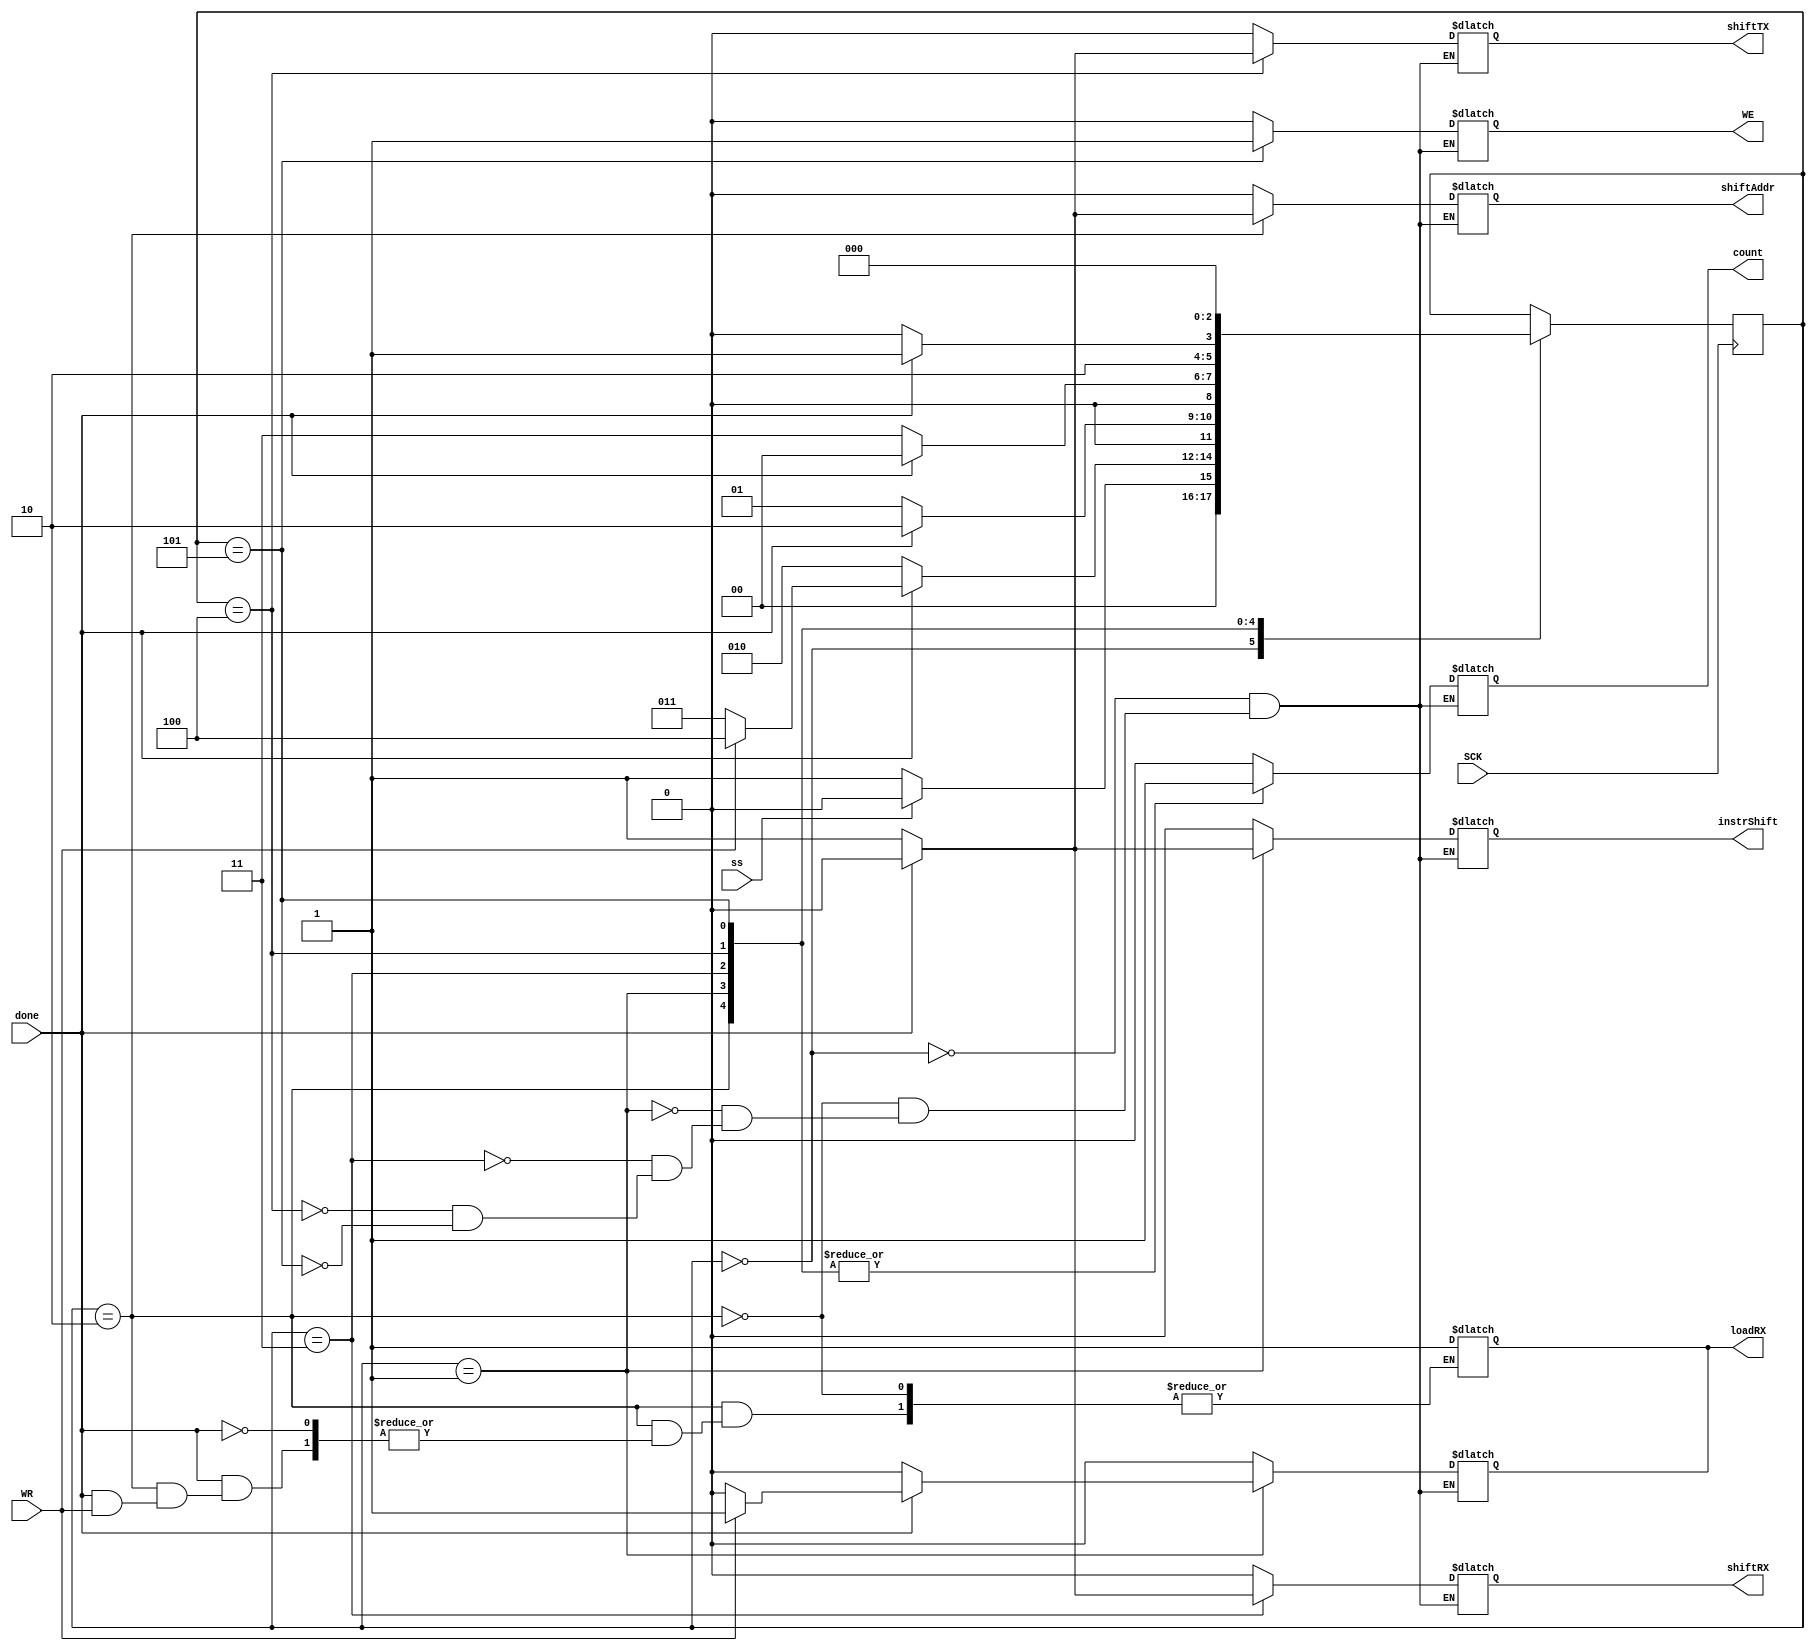
module control_unit(count, WE, shiftRX, shiftAddr, shiftTX, loadRX, WR, SCK, ss, done, instrShift);
    output reg count, WE, shiftRX, shiftAddr, shiftTX, loadRX, instrShift;
    input WR, SCK, ss, done;
    
    reg [2:0] ns, cs;
    
    localparam IDLE = 3'b0,
    ADDR = 3'b010,
    INSTR = 3'b001,
    READ = 3'b011,
    WRITE = 3'b100,
    WAIT = 3'b101;
    
    initial begin
        cs = IDLE;
    end
    
    always @(posedge SCK) begin
        cs <= ns;
    end
    
    always @(ss, cs, done) begin
        case(cs)
            IDLE: begin
                if(!ss) ns <= INSTR;
                else ns <= IDLE;
            end
            ADDR: begin
                if(done)begin 
                    if(WR) ns <= WRITE;
                    else begin ns <= READ; loadRX = 1; end
                end else ns <= ADDR;
            end
            INSTR: begin
                if(done) begin
                    ns <= ADDR;
                end else ns <= INSTR;
            end
            READ: begin
                if(done) ns <= IDLE;
                else ns <= READ;
            end
            WRITE: begin
                if(done) ns <= WAIT;
                else ns <= WRITE;
            end
            WAIT: ns <= IDLE;
            default: ns <= cs;
        endcase
    end
    
    always @(cs, done)begin
        case(cs) 
            IDLE: begin 
                    count = 0; WE = 0; shiftRX = 0; shiftAddr = 0; shiftTX = 0; loadRX = 0; instrShift = 0; 
                end
            ADDR: begin 
                    count = 1; WE = 0; shiftRX = 0; shiftTX = 0; loadRX = 0; instrShift = 0;
                    if(done) shiftAddr = 0;
                    else shiftAddr = 1; 
                end
            INSTR: begin 
                    count = 1; WE = 0; shiftRX = 0; shiftTX = 0; loadRX = 0; shiftAddr = 0;
                    if(done) begin instrShift = 0; 
                        if(WR) loadRX = 1;
                    end
                    else instrShift = 1;
                end
            READ: begin 
                    loadRX = 0; count = 1; WE = 0; shiftAddr = 0; shiftTX = 0; instrShift = 0;
                    if(done)begin 
                        shiftRX = 0;
                    end else begin
                        shiftRX = 1; 
                    end 
                end
            WRITE: begin 
                    count = 1; instrShift = 0;
                    if(done) begin WE = 0; shiftTX = 0; end
                    else begin WE = 0; shiftTX = 1; end
                    shiftRX = 0; shiftAddr = 0; loadRX = 0; 
                end
            WAIT: begin 
                    count = 1; instrShift = 0;
                    WE = 1; shiftTX = 0; 
                    shiftRX = 0; shiftAddr = 0; loadRX = 0; 
                end
        endcase
    end
    

endmodule